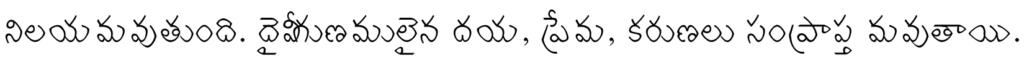
నిలయమవుతుంది. దైవీగుణములైన దయ, ప్రేమ, కరుణలు సంప్రాప్త మవుతాయి.